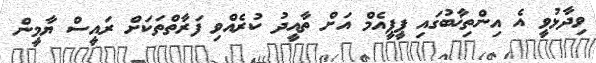
ވިދާޅުވީ އެ އިންތިޚާބުގައި ޕީޕީއެމް އަށް ތާއީދު ކުރެއްވި ފަރާތްތަކަށް ރައީސް ޔާމީން